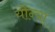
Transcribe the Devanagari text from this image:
योन्यां